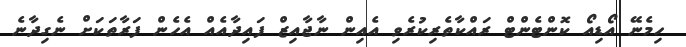
ހިމެނޭ އޯޑިއޯ ކޮންޓެންޓް ރައްކާތެރިކުރެވި އެއިން ނާޖާއިޒް ފައިދާއެއް އެހެން ފަރާތަކަށް ނެގިދާނެ